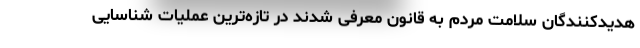
هدیدکنندگان سلامت مردم به قانون معرفی شدند در تازه‌ترین عملیات شناسایی